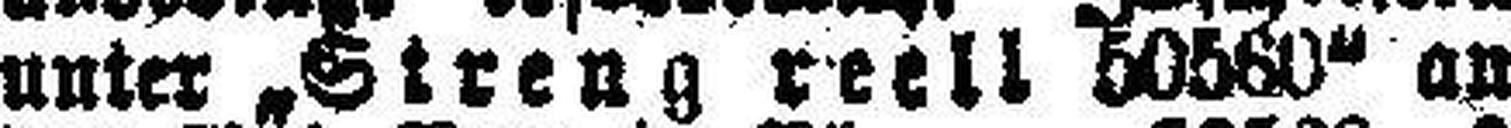
unter „Streng reell 50560“ an